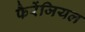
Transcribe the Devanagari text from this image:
फैरेंजियल